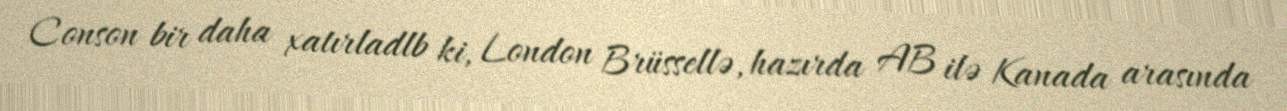
Conson bir daha xatırladlb ki, London Brüssellə, hazırda AB ilə Kanada arasında